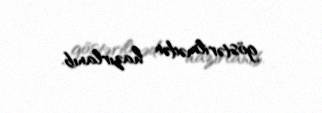
göstərilmədən hazırlanıb.